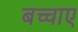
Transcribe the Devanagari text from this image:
बच्चाए